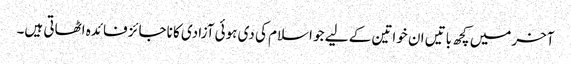
آخرمیں کچھ باتیں ان خواتین کے لیے جو اسلام کی دی ہوئی آزادی کا ناجائز فائدہ اٹھاتی ہیں۔